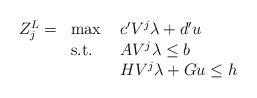
LaTeX: \begin{align*}\begin{array}{llll}Z^L_j =& \max \ & c' V^j \lambda + d' u & \\& \mbox{s.t.} \ & A V^j \lambda \leq b & \\&& H V^j \lambda + G u \leq h &\end{array}\end{align*}